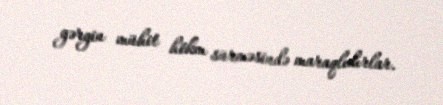
gərgin mühit hökm sürməsində maraqlıdırlar.